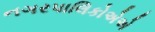
નગરપાલિકોએએ